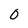
Character: O